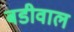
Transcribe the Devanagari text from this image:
बडीवाल